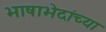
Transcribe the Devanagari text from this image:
भाषाभेदांच्या